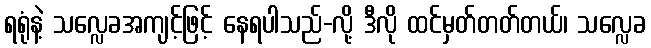
ရရုံနဲ့ သလ္လေခအကျင့်ဖြင့် နေရပါသည်-လို့ ဒီလို ထင်မှတ်တတ်တယ်၊ သလ္လေခ